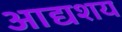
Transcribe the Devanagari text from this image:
आद्यशय